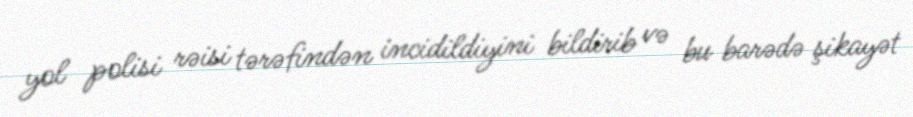
yol polisi rəisi tərəfindən incidildiyini bildirib və bu barədə şikayət